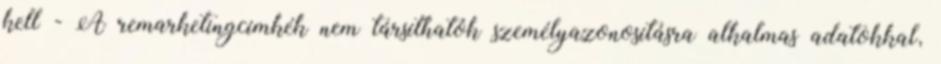
kell - A remarketingcímkék nem társíthatók személyazonosításra alkalmas adatokkal,